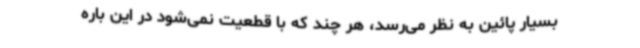
بسیار پائین به نظر می‌رسد، هر چند که با قطعیت نمی‌شود در این باره